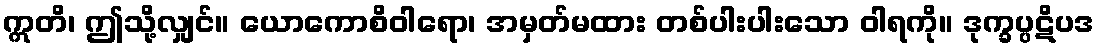
ဣတိ၊ ဤသို့လျှင်။ ယောကောစိဝါရော၊ အမှတ်မထား တစ်ပါးပါးသော ဝါရကို။ ဒုက္ခပ္ပဋိပဒ